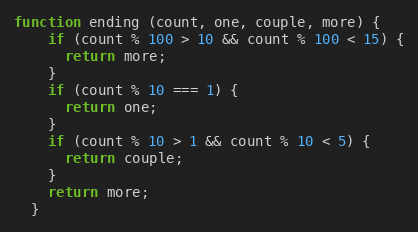
Language: JavaScript
function ending (count, one, couple, more) {
    if (count % 100 > 10 && count % 100 < 15) {
      return more;
    }
    if (count % 10 === 1) {
      return one;
    }
    if (count % 10 > 1 && count % 10 < 5) {
      return couple;
    }
    return more;
  }